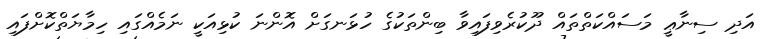
އަދި ސިނާޢީ މަސައްކަތްތައް ދޫކުރެވިފައިވާ ބިންތަކުގެ ހުޅަނގަށް އޮންނަ ކުޅިއަކީ ނަމެއްގައި ހިމާޔަތްކޮށްފައި